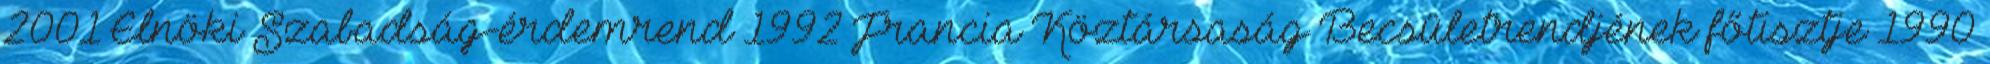
2001 Elnöki Szabadság-érdemrend 1992 Francia Köztársaság Becsületrendjének főtisztje 1990